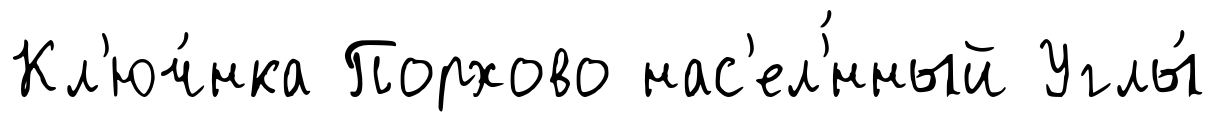
Кл'юч́нка Порхово нас'ел'́нный Углы́